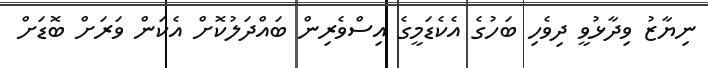
ނިޔާޒު ވިދާޅުވީ ދިވެހި ބަހުގެ އެކެޑަމީގެ އިސްވެރިން ބައްދަލުކޮށް އެކަން ވަރަށް ބޮޑަށް